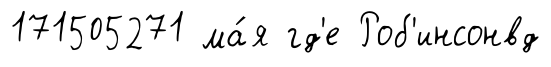
171505271 ма́я гд'е Роб'инсонвд